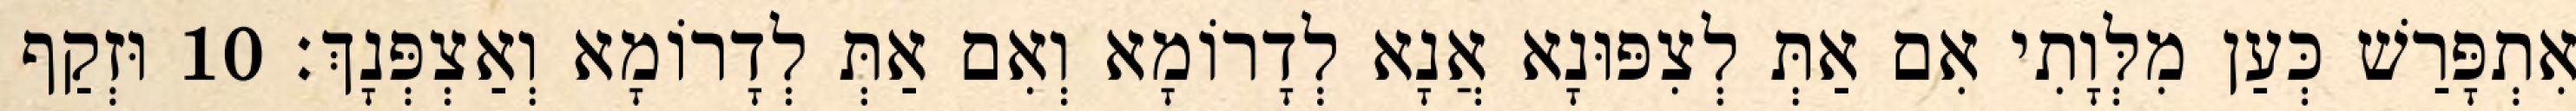
אִתְפָּרַשׁ כְּעַן מִלְּוָתִי אִם אַתְּ לְצִפּוּנָא אֲנָא לְדָרוֹמָא וְאִם אַתְּ לְדָרוֹמָא וְאַצְפְּנָךְ׃ 10 וּזְקַף